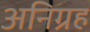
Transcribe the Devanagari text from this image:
अनिग्रह